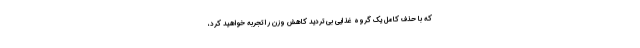
که با حذف کامل یک گروه غذایی بی تردید کاهش وزن را تجربه خواهید کرد،